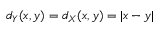
d _ { Y } ( x , y ) = d _ { X } ( x , y ) = | x - y |